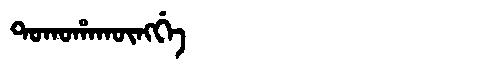
Manchu: ᡨᠣᡴᠣᡥᠠᡴᡡᠩᡤᡝ
Romanization: TOKOHAKŪNGGE